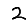
Digit: 2